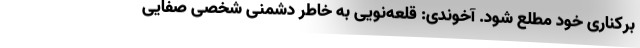
برکناری خود مطلع شود. آخوندی: قلعه‌نویی به خاطر دشمنی شخصی صفایی‌